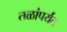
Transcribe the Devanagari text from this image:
तळांपर्यंत